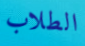
الطلاب